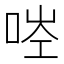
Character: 𠳥